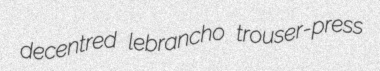
decentred lebrancho trouser-press